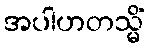
အပါဟတသ္မိံ